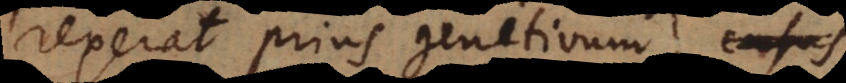
rexerat prius genitivum,